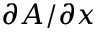
\partial A / \partial x